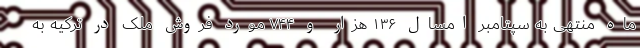
ماه منتهی به سپتامبر امسال ۱۳۶ هزار و ۷۴۴ مورد فروش ملک در ترکیه به